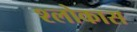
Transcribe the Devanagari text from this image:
श्लोकास